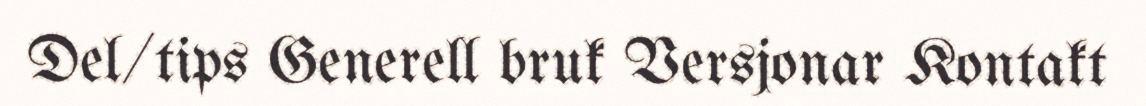
Del/tips Generell bruk Versjonar Kontakt